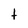
Character: t